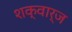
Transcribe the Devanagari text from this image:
शक्वार्ज